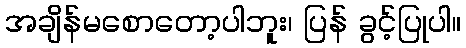
အချိန်မစောတော့ပါဘူး၊ ပြန် ခွင့်ပြုပါ။